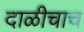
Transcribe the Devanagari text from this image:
दाळीचाच